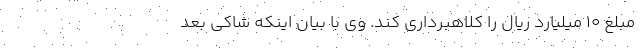
مبلغ ۱۰ میلیارد ریال را کلاهبرداری کند. وی با بیان اینکه شاکی بعد